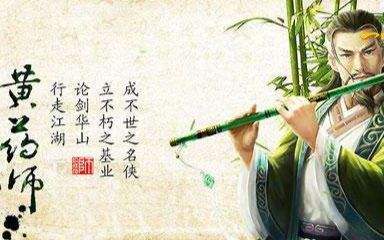
利天下者，天下启之害天下者，天下闭之。